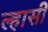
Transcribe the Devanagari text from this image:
ल्हासी